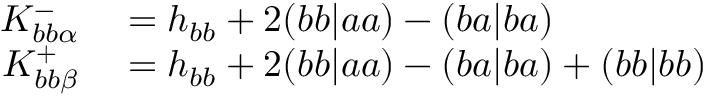
\begin{array} { r l } { K _ { b b \alpha } ^ { - } } & { { } = h _ { b b } + 2 ( b b | a a ) - ( b a | b a ) } \\ { K _ { b b \beta } ^ { + } } & { { } = h _ { b b } + 2 ( b b | a a ) - ( b a | b a ) + ( b b | b b ) } \end{array}